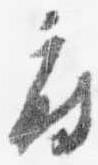
府